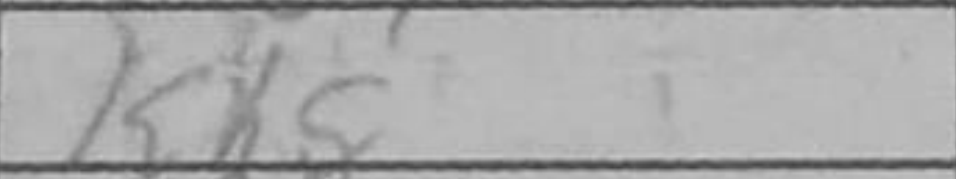
Transcription: Kh8